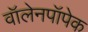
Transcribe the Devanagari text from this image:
वॉलेनपॉपेक